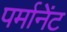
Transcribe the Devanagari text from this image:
पर्मानेंट